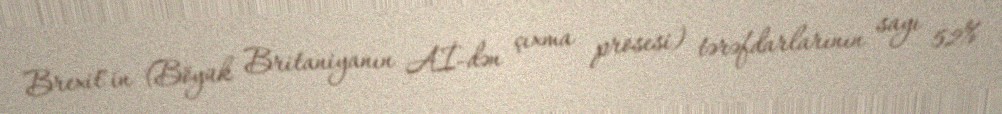
Brexit"in (Böyük Britaniyanın Aİ-dən çıxma prosesi) tərəfdarlarının sayı 52%